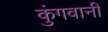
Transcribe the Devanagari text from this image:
कुंगवानी